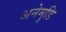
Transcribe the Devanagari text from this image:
अनेमुडि